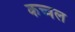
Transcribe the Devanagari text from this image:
कच्चल